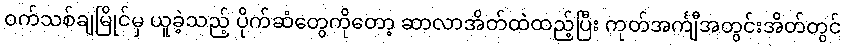
ဝက်သစ်ချမြိုင်မှ ယူခဲ့သည့် ပိုက်ဆံတွေကိုတော့ ဆာလာအိတ်ထဲထည့်ပြီး ကုတ်အင်္ကျီအတွင်းအိတ်တွင်